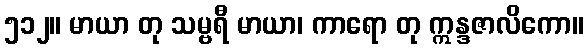
၅၁၂။ မာယာ တု သမ္ဗရီ မာယာ၊ ကာရော တု ဣန္ဒဇာလိကော။